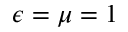
\epsilon = \mu = 1